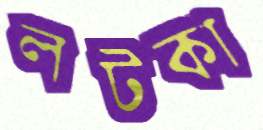
লটকা